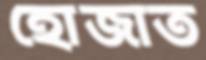
হোজাত